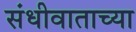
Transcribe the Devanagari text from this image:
संधीवाताच्या